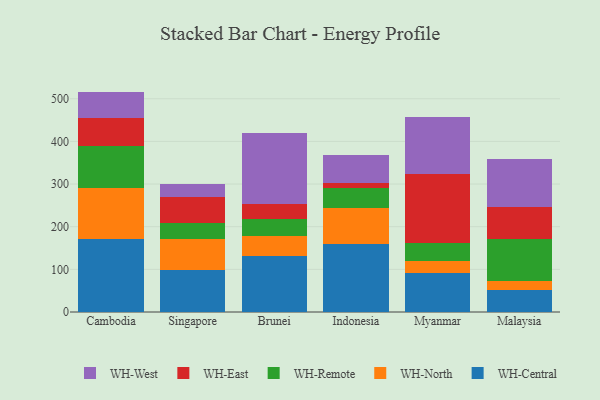
{"axis": {"x": "Country", "y": "Revenue (USD Million)"}, "legend": ["WH-Central", "WH-East", "WH-North", "WH-Remote", "WH-West"], "data": [{"x": "Cambodia", "y": 171.1, "type": "WH-Central"}, {"x": "Cambodia", "y": 119.4, "type": "WH-North"}, {"x": "Cambodia", "y": 99.1, "type": "WH-Remote"}, {"x": "Cambodia", "y": 64.7, "type": "WH-East"}, {"x": "Cambodia", "y": 62.5, "type": "WH-West"}, {"x": "Singapore", "y": 99.1, "type": "WH-Central"}, {"x": "Singapore", "y": 71.8, "type": "WH-North"}, {"x": "Singapore", "y": 38.8, "type": "WH-Remote"}, {"x": "Singapore", "y": 58.8, "type": "WH-East"}, {"x": "Singapore", "y": 31.6, "type": "WH-West"}, {"x": "Brunei", "y": 131.5, "type": "WH-Central"}, {"x": "Brunei", "y": 46.7, "type": "WH-North"}, {"x": "Brunei", "y": 40.7, "type": "WH-Remote"}, {"x": "Brunei", "y": 33.9, "type": "WH-East"}, {"x": "Brunei", "y": 167.3, "type": "WH-West"}, {"x": "Indonesia", "y": 158.7, "type": "WH-Central"}, {"x": "Indonesia", "y": 84.4, "type": "WH-North"}, {"x": "Indonesia", "y": 47.1, "type": "WH-Remote"}, {"x": "Indonesia", "y": 13.2, "type": "WH-East"}, {"x": "Indonesia", "y": 65.3, "type": "WH-West"}, {"x": "Myanmar", "y": 90.3, "type": "WH-Central"}, {"x": "Myanmar", "y": 29.1, "type": "WH-North"}, {"x": "Myanmar", "y": 41.6, "type": "WH-Remote"}, {"x": "Myanmar", "y": 162.8, "type": "WH-East"}, {"x": "Myanmar", "y": 133.3, "type": "WH-West"}, {"x": "Malaysia", "y": 52.4, "type": "WH-Central"}, {"x": "Malaysia", "y": 21.4, "type": "WH-North"}, {"x": "Malaysia", "y": 96.7, "type": "WH-Remote"}, {"x": "Malaysia", "y": 76.2, "type": "WH-East"}, {"x": "Malaysia", "y": 112.5, "type": "WH-West"}]}